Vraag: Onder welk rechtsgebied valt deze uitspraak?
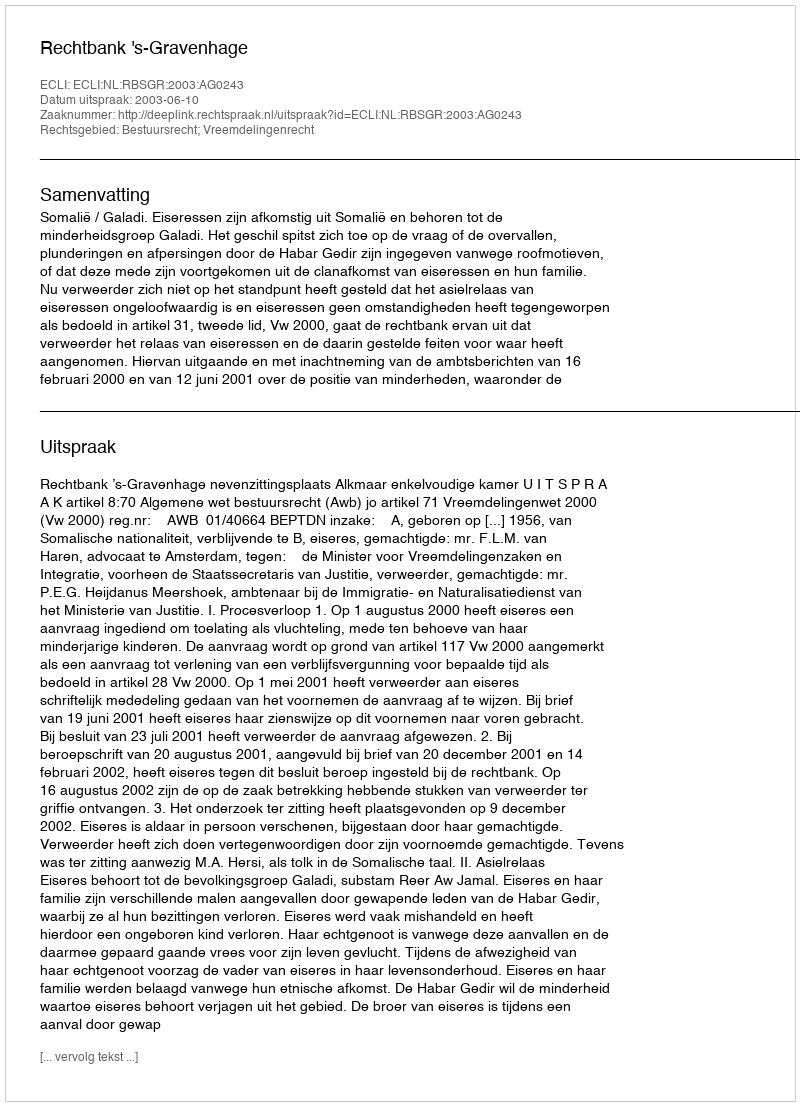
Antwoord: Bestuursrecht; Vreemdelingenrecht